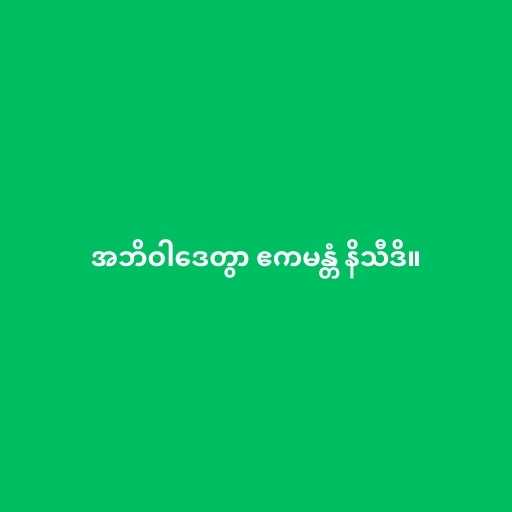
အဘိဝါဒေတွာ ဧကမန္တံ နိသီဒိ။